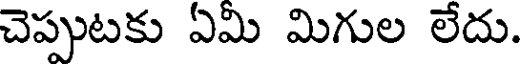
చెప్పుటకు ఏమి మిగుల లేదు.